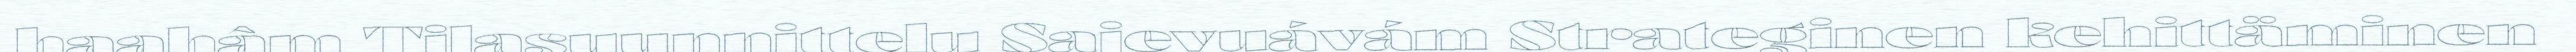
haahâm Tilasuunnittelu Sajevuávám Strateginen kehittäminen